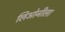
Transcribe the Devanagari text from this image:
लिओनीला